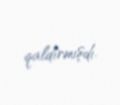
qaldırmışdı.